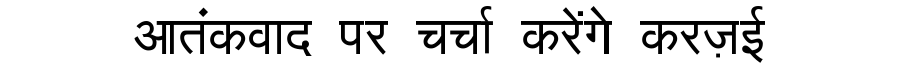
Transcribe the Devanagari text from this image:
आतंकवाद पर चर्चा करेंगे करज़ई